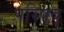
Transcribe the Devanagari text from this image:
परिषद्‍